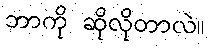
ဘာကို ဆိုလိုတာလဲ။